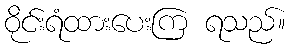
ဝိုင်းရံထားပေးကြ ရသည်။